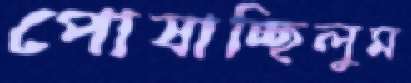
পোষাচ্ছিলুম